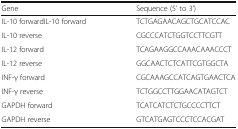
| Gene | Sequence (5’ to 3’) |
 | --- | --- |
 | IL-10 forwardIL-10 forward | TCTGAGAACAGCTGCATCCAC |
 | IL-10 reverse | CGCCCATCTGGTCCTTCGTT |
 | IL-12 forward | TCAGAAGGCCAAACAAACCCT |
 | IL-12 reverse | GGCAACTCTCATTCGTGGCTA |
 | INF-γ forward | CGCAAAGCCATCAGTGAACTCA |
 | INF-γ reverse | TCTGGCCTTGGAACATAGTCT |
 | GAPDH forward | TCATCATCTCTGCCCCTTCT |
 | GAPDH reverse | GTCATGAGTCCCTCCACGAT |